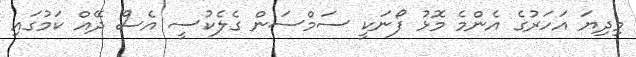
މިދިޔަ އަހަރުގެ އެންމެ މޮޅު ފޯނަކީ ސަމްސަން ގެލެކުސީ އެސް ދޭއް ކަމުގައި